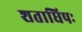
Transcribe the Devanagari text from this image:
शताधिपः